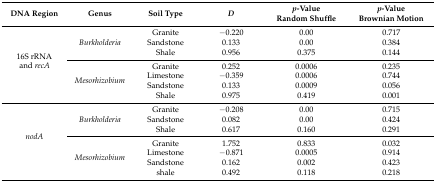
<table><thead><tr><td><b>DNA Region</b></td><td><b>Genus</b></td><td><b>Soil Type</b></td><td><b><i>D</i></b></td><td><b><i>p</i>-Value Random Shuffle</b></td><td><b><i>p</i>-Value Brownian Motion</b></td></tr></thead><tbody><tr><td rowspan="2">16S rRNA and <i>recA</i></td><td><i>Burkholderia</i></td><td>GraniteSandstoneShale</td><td>−0.2200.1330.956</td><td>0.000.000.375</td><td>0.7170.3840.144</td></tr><tr><td><i>Mesorhizobium</i></td><td>GraniteLimestoneSandstoneShale</td><td>0.252−0.3590.1330.975</td><td>0.00060.00060.00090.419</td><td>0.2350.7440.0560.001</td></tr><tr><td rowspan="2"><i>nodA</i></td><td><i>Burkholderia</i></td><td>GraniteSandstoneShale</td><td>−0.2080.0820.617</td><td>0.000.000.160</td><td>0.7150.4240.291</td></tr><tr><td><i>Mesorhizobium</i></td><td>GraniteLimestoneSandstoneshale</td><td>1.752−0.8710.1620.492</td><td>0.8330.00050.0020.118</td><td>0.0320.9140.4230.218</td></tr></tbody></table>